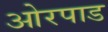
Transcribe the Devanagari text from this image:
ओरपाड